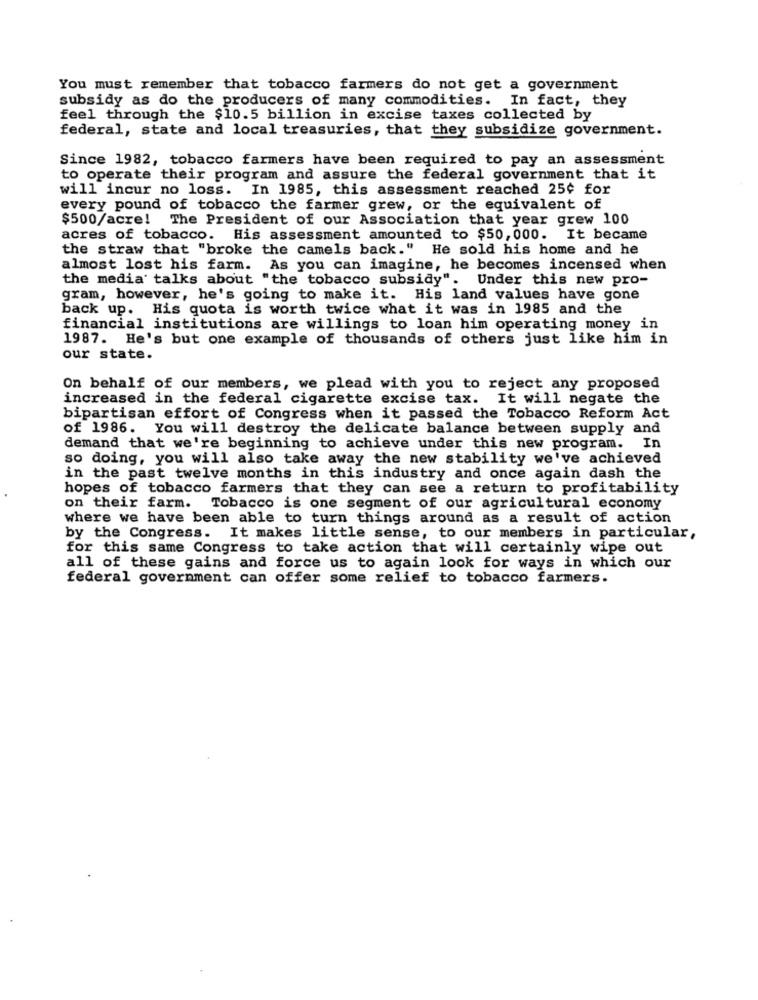
You must remember that tobacco farmers do not get a government
subsidy as do the producers of many commodities. In fact, they
feel through the $10.5 billion in excise taxes collected by
federal, state and local treasuries, that they subsidize government.
Since 1982, tobacco farmers have been required to pay an assessment
to operate their program and assure the federal government that it
will incur no loss. In 1985, this assessment reached 25¢ for
every pound of tobacco the farmer grew, or the equivalent of
$500/acre! The President of our Association that year grew 100
acres of tobacco. His assessment amounted to $50,000. It became
the straw that "broke the camels back." He sold his home and he
almost lost his farm. As you can imagine, he becomes incensed when
the media' talks about "the tobacco subsidy". Under this new pro-
gram, however, he's going to make it. His land values have gone
back up. His quota is worth twice what it was in 1985 and the
financial institutions are willings to loan him operating money in
1987. He's but one example of thousands of others just like him in
our state.
On behalf of our members, we plead with you to reject any proposed
increased in the federal cigarette excise tax. It will negate the
bipartisan effort of Congress when it passed the Tobacco Reform Act
of 1986. You will destroy the delicate balance between supply and
demand that we're beginning to achieve under this new program.
In
so doing, you will also take away the new stability we've achieved
in the past twelve months in this industry and once again dash the
hopes of tobacco farmers that they can see a return to profitability
on their farm. Tobacco is one segment of our agricultural economy
where we have been able to turn things around as a result of action
by the Congress. It makes little sense, to our members in particular,
for this same Congress to take action that will certainly wipe out
all of these gains and force us to again look for ways in which our
federal government can offer some relief to tobacco farmers.